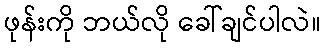
ဖုန်းကို ဘယ်လို ခေါ်ချင်ပါလဲ။